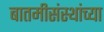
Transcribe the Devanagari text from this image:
बातमीसंस्थांच्या